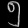
Digit: ၅